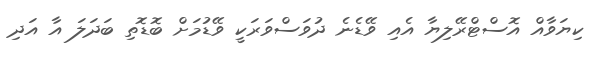
ކިޔަވާއް އޮސްޓްރޭލިޔާ އެއި ވޭޑެނެ ދުވަސްވަރަކީ ވޭޑުމަށް ބޮޑޮތި ބަދަލަ އާ އަދި